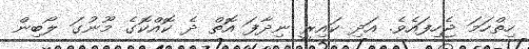
ހިތްހަމަ ޖެހިފައެވެ. އަދި ކައިރީ ނިދާފަ އޮތް ދެ ކޮއްކޮގެ މޫނުގަ ލޯބިން